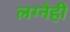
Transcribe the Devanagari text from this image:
लग्नेही